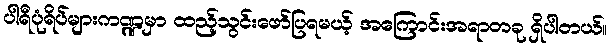
ပါရီပုံရိပ်များကဏ္ဍမှာ ထည့်သွင်းဖော်ပြရမယ့် အကြောင်းအရာတခု ရှိပါတယ်။